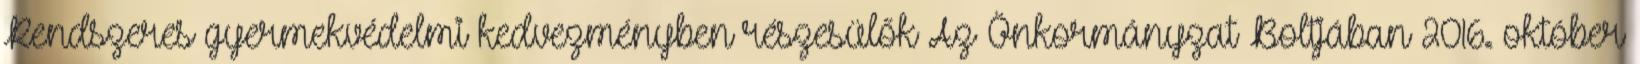
Rendszeres gyermekvédelmi kedvezményben részesülők Az Önkormányzat Boltjában 2016. október